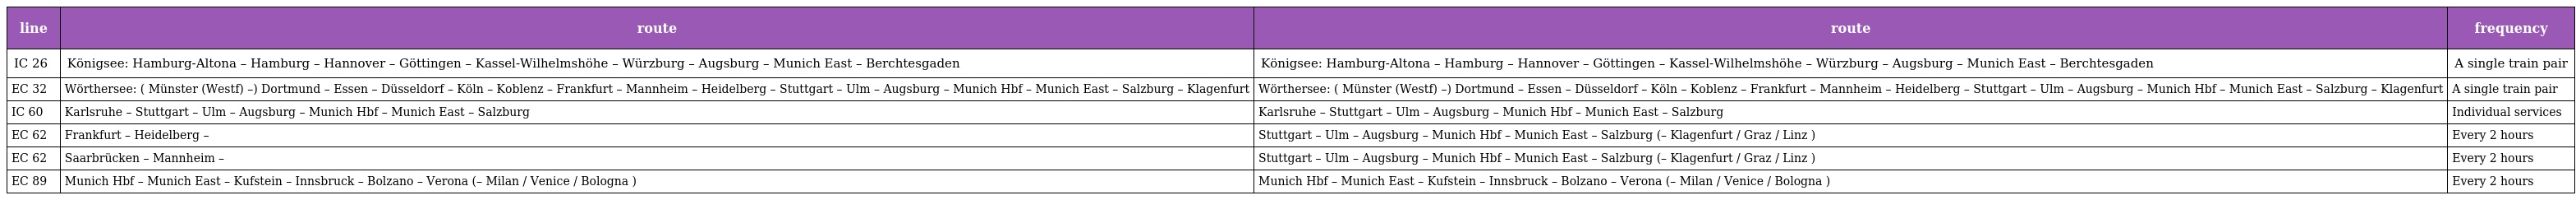
| line | route | route | frequency |
 | --- | --- | --- | --- |
 | IC 26 | Königsee: Hamburg-Altona – Hamburg – Hannover – Göttingen – Kassel-Wilhelmshöhe – Würzburg – Augsburg – Munich East – Berchtesgaden | Königsee: Hamburg-Altona – Hamburg – Hannover – Göttingen – Kassel-Wilhelmshöhe – Würzburg – Augsburg – Munich East – Berchtesgaden | A single train pair |
 | EC 32 | Wörthersee: ( Münster (Westf) –) Dortmund – Essen – Düsseldorf – Köln – Koblenz – Frankfurt – Mannheim – Heidelberg – Stuttgart – Ulm – Augsburg – Munich Hbf – Munich East – Salzburg – Klagenfurt | Wörthersee: ( Münster (Westf) –) Dortmund – Essen – Düsseldorf – Köln – Koblenz – Frankfurt – Mannheim – Heidelberg – Stuttgart – Ulm – Augsburg – Munich Hbf – Munich East – Salzburg – Klagenfurt | A single train pair |
 | IC 60 | Karlsruhe – Stuttgart – Ulm – Augsburg – Munich Hbf – Munich East – Salzburg | Karlsruhe – Stuttgart – Ulm – Augsburg – Munich Hbf – Munich East – Salzburg | Individual services |
 | EC 62 | Frankfurt – Heidelberg – | Stuttgart – Ulm – Augsburg – Munich Hbf – Munich East – Salzburg (– Klagenfurt / Graz / Linz ) | Every 2 hours |
 | EC 62 | Saarbrücken – Mannheim – | Stuttgart – Ulm – Augsburg – Munich Hbf – Munich East – Salzburg (– Klagenfurt / Graz / Linz ) | Every 2 hours |
 | EC 89 | Munich Hbf – Munich East – Kufstein – Innsbruck – Bolzano – Verona (– Milan / Venice / Bologna ) | Munich Hbf – Munich East – Kufstein – Innsbruck – Bolzano – Verona (– Milan / Venice / Bologna ) | Every 2 hours |